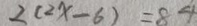
2 ( 2 x - 6 ) = 8 4